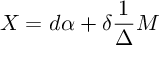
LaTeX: X = d \alpha + \delta \frac { 1 } { \Delta } M